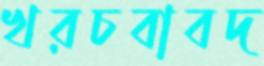
খরচবাবদ